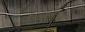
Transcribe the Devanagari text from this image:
१८९०पासून